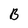
Character: B